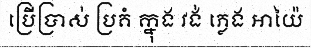
ប្រើប្រាស់ ប្រគំ ក្នុង វង់ ភ្លេង អាយ៉ៃ